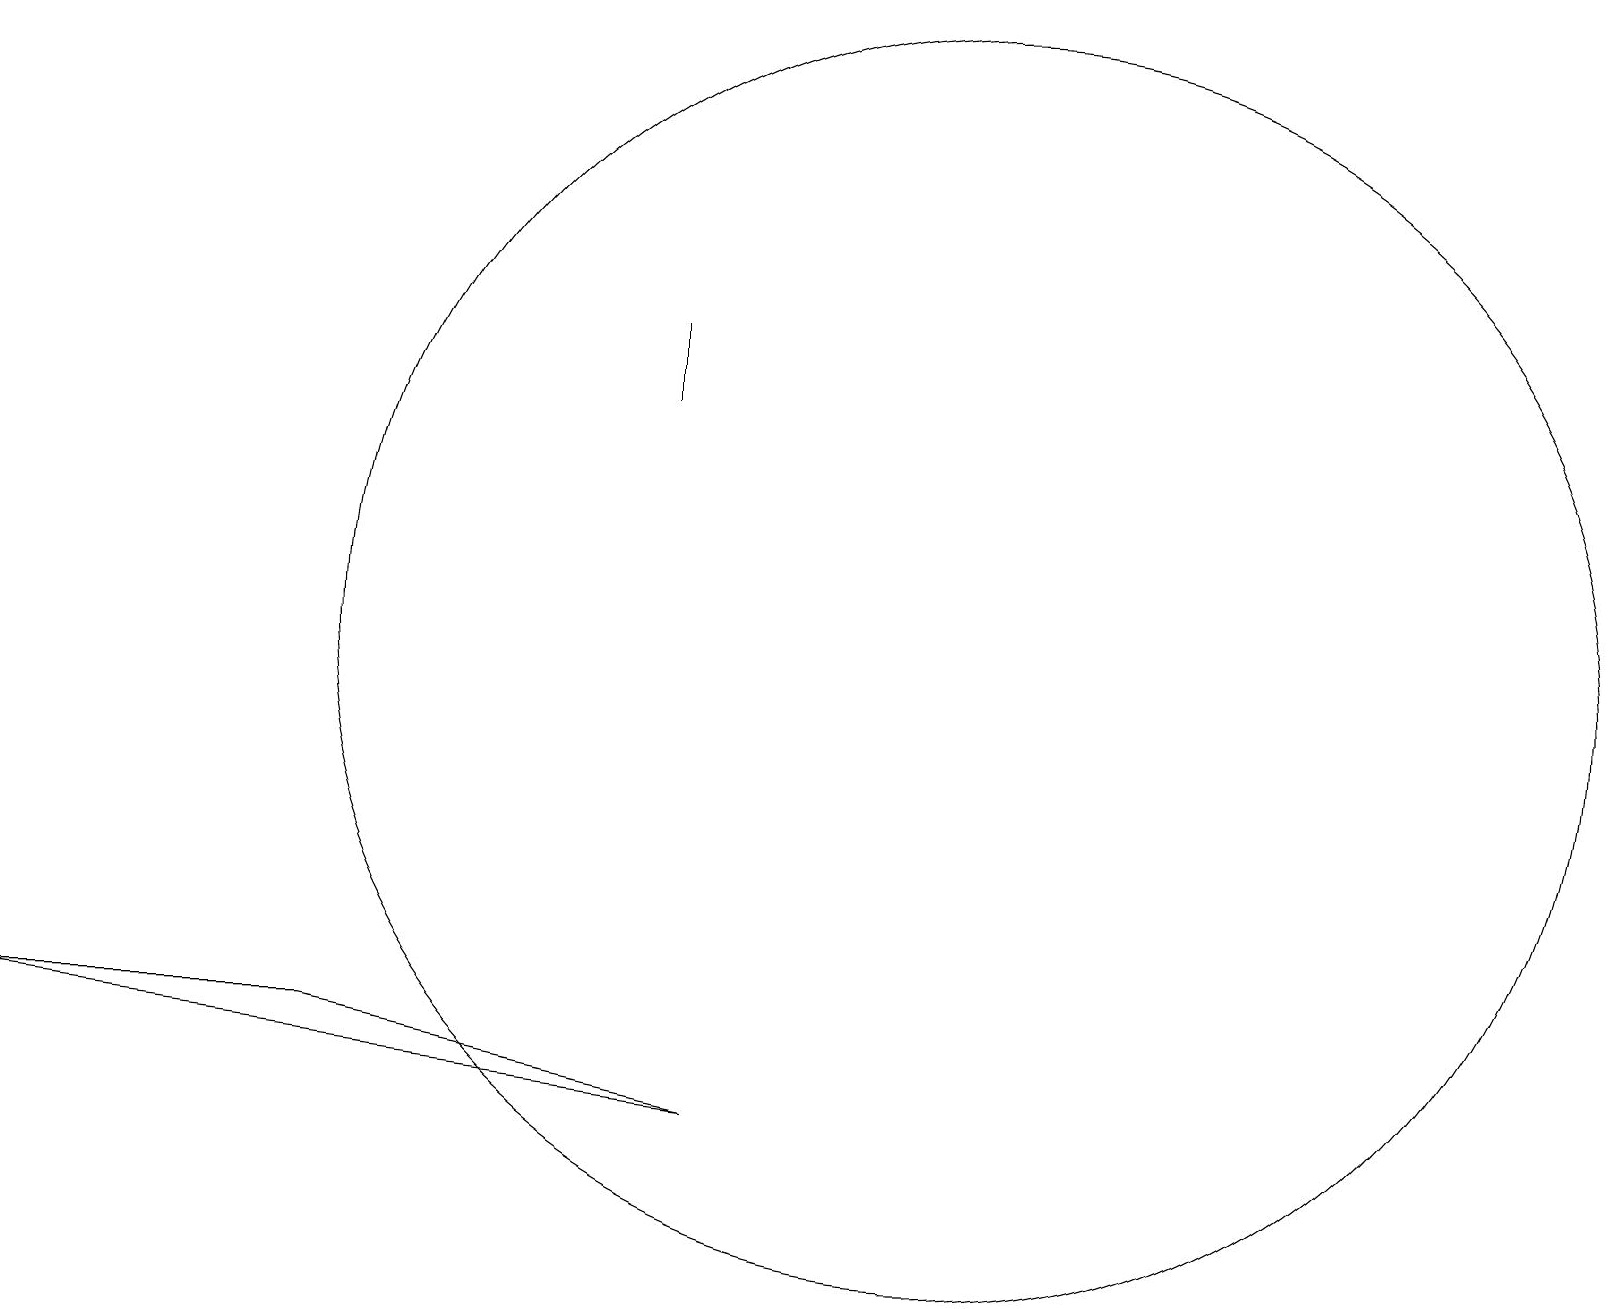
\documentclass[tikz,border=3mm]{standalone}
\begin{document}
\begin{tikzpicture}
\draw (12,11) circle (8);
\draw (8,15) rectangle (8,14);
\draw (0,6) -- (9,5) -- (4,6) -- cycle;
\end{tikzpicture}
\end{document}